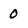
Character: 0